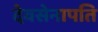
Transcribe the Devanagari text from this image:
देवसेनापति